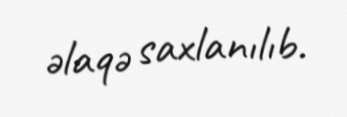
əlaqə saxlanılıb.